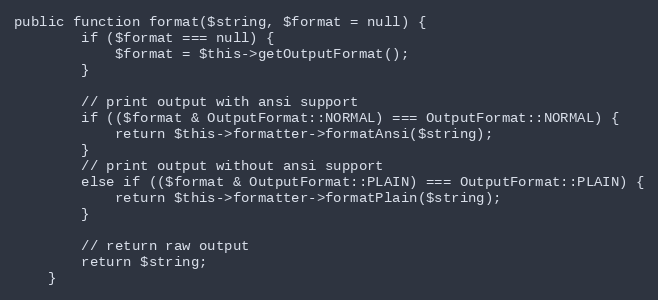
Language: PHP
public function format($string, $format = null) {
        if ($format === null) {
            $format = $this->getOutputFormat();
        }

        // print output with ansi support
        if (($format & OutputFormat::NORMAL) === OutputFormat::NORMAL) {
            return $this->formatter->formatAnsi($string);
        }
        // print output without ansi support
        else if (($format & OutputFormat::PLAIN) === OutputFormat::PLAIN) {
            return $this->formatter->formatPlain($string);
        }

        // return raw output
        return $string;
    }